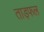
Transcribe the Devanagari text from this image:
ताड़फल